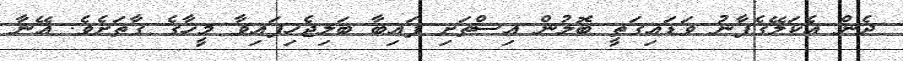
ދެން އެކަލޭގެފާނު ވަޑައިގަތީ ބޮލުން އިސްތަށި ފައިބާ ބަލިޖެހިފައިވާ މީހާގެ ގާތަށެވެ. އޭނާ